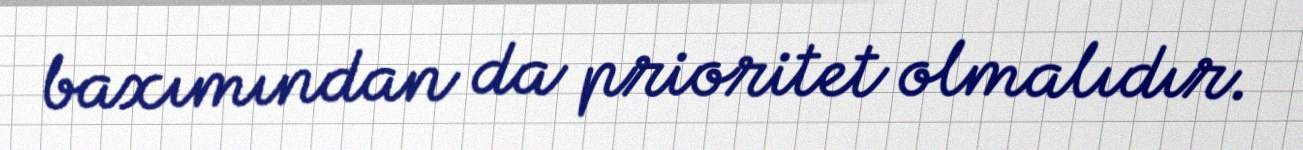
baxımından da prioritet olmalıdır.